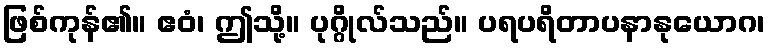
ဖြစ်ကုန်၏။ ဧဝံ၊ ဤသို့။ ပုဂ္ဂိုလ်သည်။ ပရပရိတာပနာနုယောဂ၊